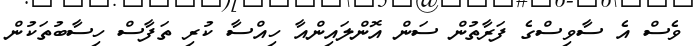
ވެސް އެ ސާވިސްގެ ފަރާތުން ސަން އޮންލައިންއާ ހިއްސާ ކުރި ތަފާސް ހިސާބުތަކުން